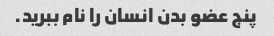
پنج عضو بدن انسان را نام ببرید.